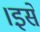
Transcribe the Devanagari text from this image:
।इसे